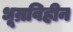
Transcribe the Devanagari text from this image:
धूम्रविहीन